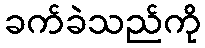
ခက်ခဲသည်ကို